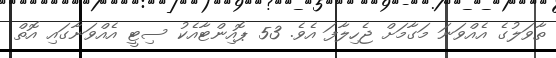
ތާވަލުގެ އެއްވަނަ މަގާމަށް ޖެހިލާފަ އެވެ. 53 ޕޮއިންޓާއެކު ސިޓީ އެއްވަނާގައި އޮތް